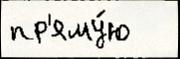
пр'яму́ю